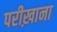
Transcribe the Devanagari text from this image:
परीख़ाना